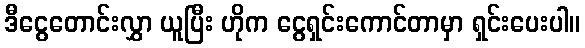
ဒီငွေတောင်းလွှာ ယူပြီး ဟိုက ငွေရှင်းကောင်တာမှာ ရှင်းပေးပါ။